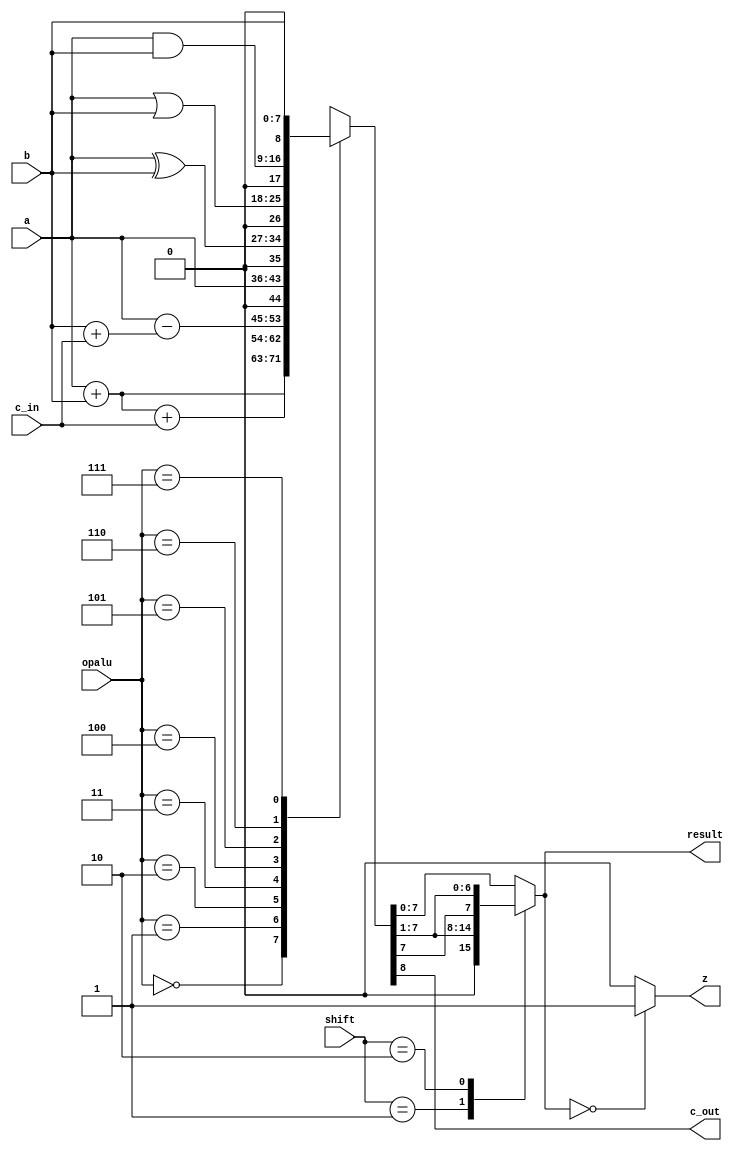
// DJ8 CPU (C) DaveX 2003-2024

module alu(
    input [7:0] a,
    input [7:0] b,
    output reg [7:0] result,
    input [2:0] opalu,
    input c_in,
    output reg c_out,
    output reg z,
    input [1:0] shift
);

    `define OP_ADD  3'h0
    `define OP_ADDC 3'h1
    `define OP_SUBC 3'h2
    `define OP_MOVR 3'h3
    `define OP_XOR  3'h4
    `define OP_OR   3'h5
    `define OP_AND  3'h6
    `define OP_MOVI 3'h7

    `define S_SHL 2'b01
    `define S_SAR 2'b10

    reg [8:0] temp;

    always @(*) begin
        temp = 9'b0;
        result = 8'b0;

        // Operations
        case (opalu)
            `OP_ADD: temp = {1'b0, a} + {1'b0, b};
            `OP_ADDC: temp = {1'b0, a} + {1'b0, b} + {8'b0,c_in};
            `OP_SUBC: temp = {1'b0, a} - ({1'b0, b} + {8'b0,c_in});
            `OP_MOVR: temp = {1'b0, a};
            `OP_XOR: temp = {1'b0, a ^ b};
            `OP_OR: temp = {1'b0, a | b};
            `OP_AND: temp = {1'b0, a & b};
            `OP_MOVI: temp = {1'b0, b};
        endcase

        c_out = temp[8];

        // Handle shifts
        case (shift)
            `S_SHL: result = {1'b0, temp[7:1]}; 
            `S_SAR: result = {temp[7], temp[7:1]};
            default: result = temp[7:0]; 
        endcase

    end

    // Zero flag update
    always @(result) begin
        if (result == 8'h00)
            z = 1'b1;
        else
            z = 1'b0;
    end
endmodule